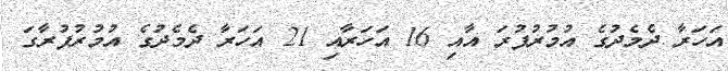
އަހަރާ ދެމެދުގެ އުމުރުފުރަ އާއި 16 އަހަރާއި 21 އަހަރާ ދެމެދުގެ އުމުރުފުރާގަ